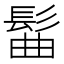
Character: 髷